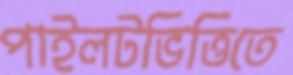
পাইলটভিত্তিতে